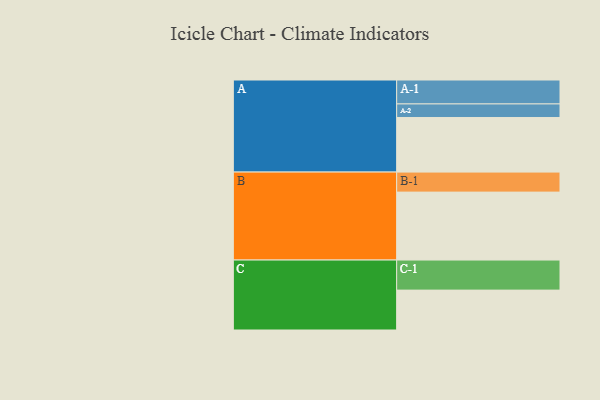
{"axis": {"x": "Segment", "y": "Value"}, "legend": ["", "A", "B", "C"], "data": [{"x": "A", "y": 479, "type": ""}, {"x": "B", "y": 596, "type": ""}, {"x": "C", "y": 350, "type": ""}, {"x": "A-1", "y": 210, "type": "A"}, {"x": "A-2", "y": 119, "type": "A"}, {"x": "B-1", "y": 176, "type": "B"}, {"x": "C-1", "y": 264, "type": "C"}]}